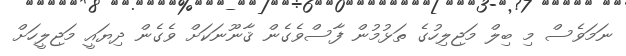
ނަމަވެސް މި ބިލް މަޖިލިހުގެ ތަޅުމުން ފާސްވެގެން ޤާނޫނަކަށް ވެގެން ދިޔައީ މަޖިލީހަށް